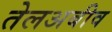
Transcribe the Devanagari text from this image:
तेलअबीव